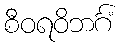
စီဝရဝိဘင်္ဂံ